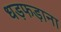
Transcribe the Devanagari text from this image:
धड़फड़ाना